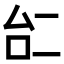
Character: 𠄩